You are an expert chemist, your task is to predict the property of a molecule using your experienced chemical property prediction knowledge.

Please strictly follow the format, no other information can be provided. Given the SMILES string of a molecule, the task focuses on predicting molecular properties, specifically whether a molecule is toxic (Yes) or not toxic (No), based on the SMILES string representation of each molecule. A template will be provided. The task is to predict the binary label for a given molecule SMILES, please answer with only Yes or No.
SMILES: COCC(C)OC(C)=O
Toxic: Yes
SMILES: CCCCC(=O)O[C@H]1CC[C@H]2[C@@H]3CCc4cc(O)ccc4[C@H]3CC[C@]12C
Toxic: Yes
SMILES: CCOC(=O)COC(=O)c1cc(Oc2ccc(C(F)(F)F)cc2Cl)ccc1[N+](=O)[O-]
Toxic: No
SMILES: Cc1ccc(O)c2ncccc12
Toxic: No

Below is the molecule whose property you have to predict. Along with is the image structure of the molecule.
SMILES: CC(C)(C)c1ccccc1
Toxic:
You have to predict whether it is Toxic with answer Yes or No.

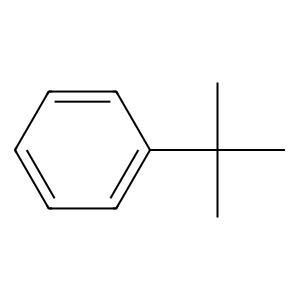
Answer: No